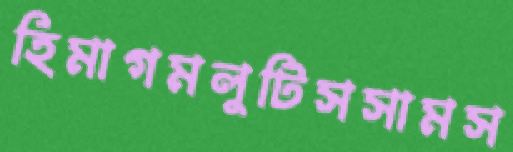
হিমাগমলুটিসসামস